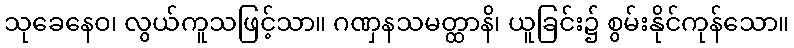
သုခေနေဝ၊ လွယ်ကူသဖြင့်သာ။ ဂဏှနသမတ္ထာနိ၊ ယူခြင်း၌ စွမ်းနိုင်ကုန်သော။